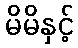
မိမိနှင့်